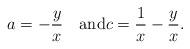
LaTeX: \begin{align*}a=-\frac yx \quad\mbox{and}c =\frac 1x -\frac yx.\end{align*}